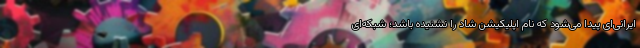
ایرانی‌ای پیدا می‌شود که نام اپلیکیشن شاد را نشنیده باشد؛ شبکه‌ای